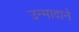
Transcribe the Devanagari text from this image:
उन्मादाने